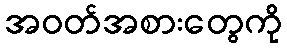
အဝတ်အစားတွေကို